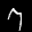
Label: 7